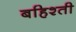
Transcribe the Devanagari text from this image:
बहिश्ती